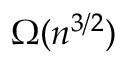
\Omega ( n ^ { 3 / 2 } )